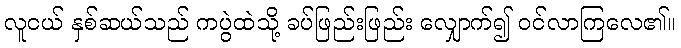
လူငယ် နှစ်ဆယ်သည် ကပွဲထဲသို့ ခပ်ဖြည်းဖြည်း လျှောက်၍ ဝင်လာကြလေ၏။